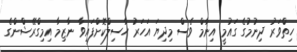
ހިތްވަރު ދިނުމުގެ ގައުމީ އިނާމް ވެސް މިދިޔަ އަހަރު ހާސިލްކޮށްފައިވާ ނާޒިމާ އިމިގްރޭޝްންގެ